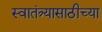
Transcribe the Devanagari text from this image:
स्वातंत्र्यासाठीच्या